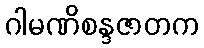
ဂါမဏိစန္ဒဇာတက